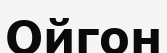
Ойгон